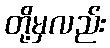
တို့မှလည်း